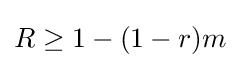
R\geq 1-(1-r)m